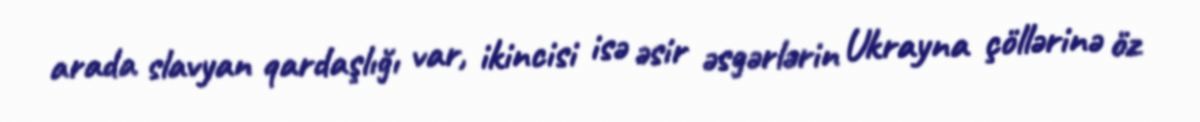
arada slavyan qardaşlığı var, ikincisi isə əsir əsgərlərin Ukrayna çöllərinə öz